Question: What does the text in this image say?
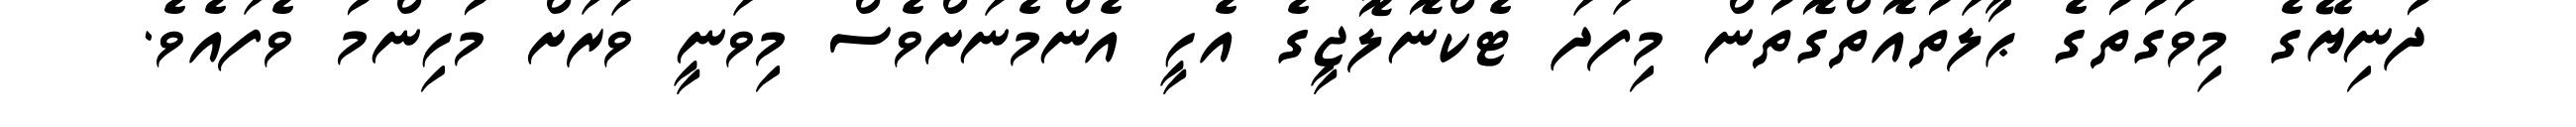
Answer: ދުނިޔޭގެ މިވަގުތުގެ ޙާލަތުއޮތްގޮތުން މިފަދަ ޓެކްނޮލޮޖީގެ އެހީ އެންމެނަށްވެސް މިވަނީ ވަރަށް މުހިންމު ވެފައެވެ.